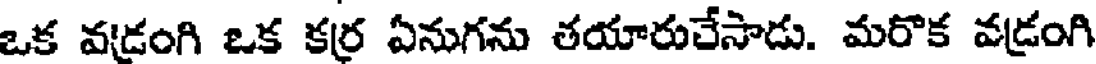
ఒక వడ్రంగి ఒక కర్ర ఏనుగను తయారుచేసాడు. మరొక వడ్రంగి